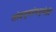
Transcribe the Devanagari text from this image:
जोडप्यांमध्येही